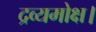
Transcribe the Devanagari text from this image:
द्रव्यमोक्ष।